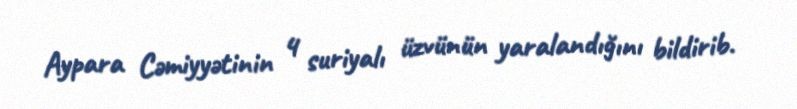
Aypara Cəmiyyətinin 4 suriyalı üzvünün yaralandığını bildirib.